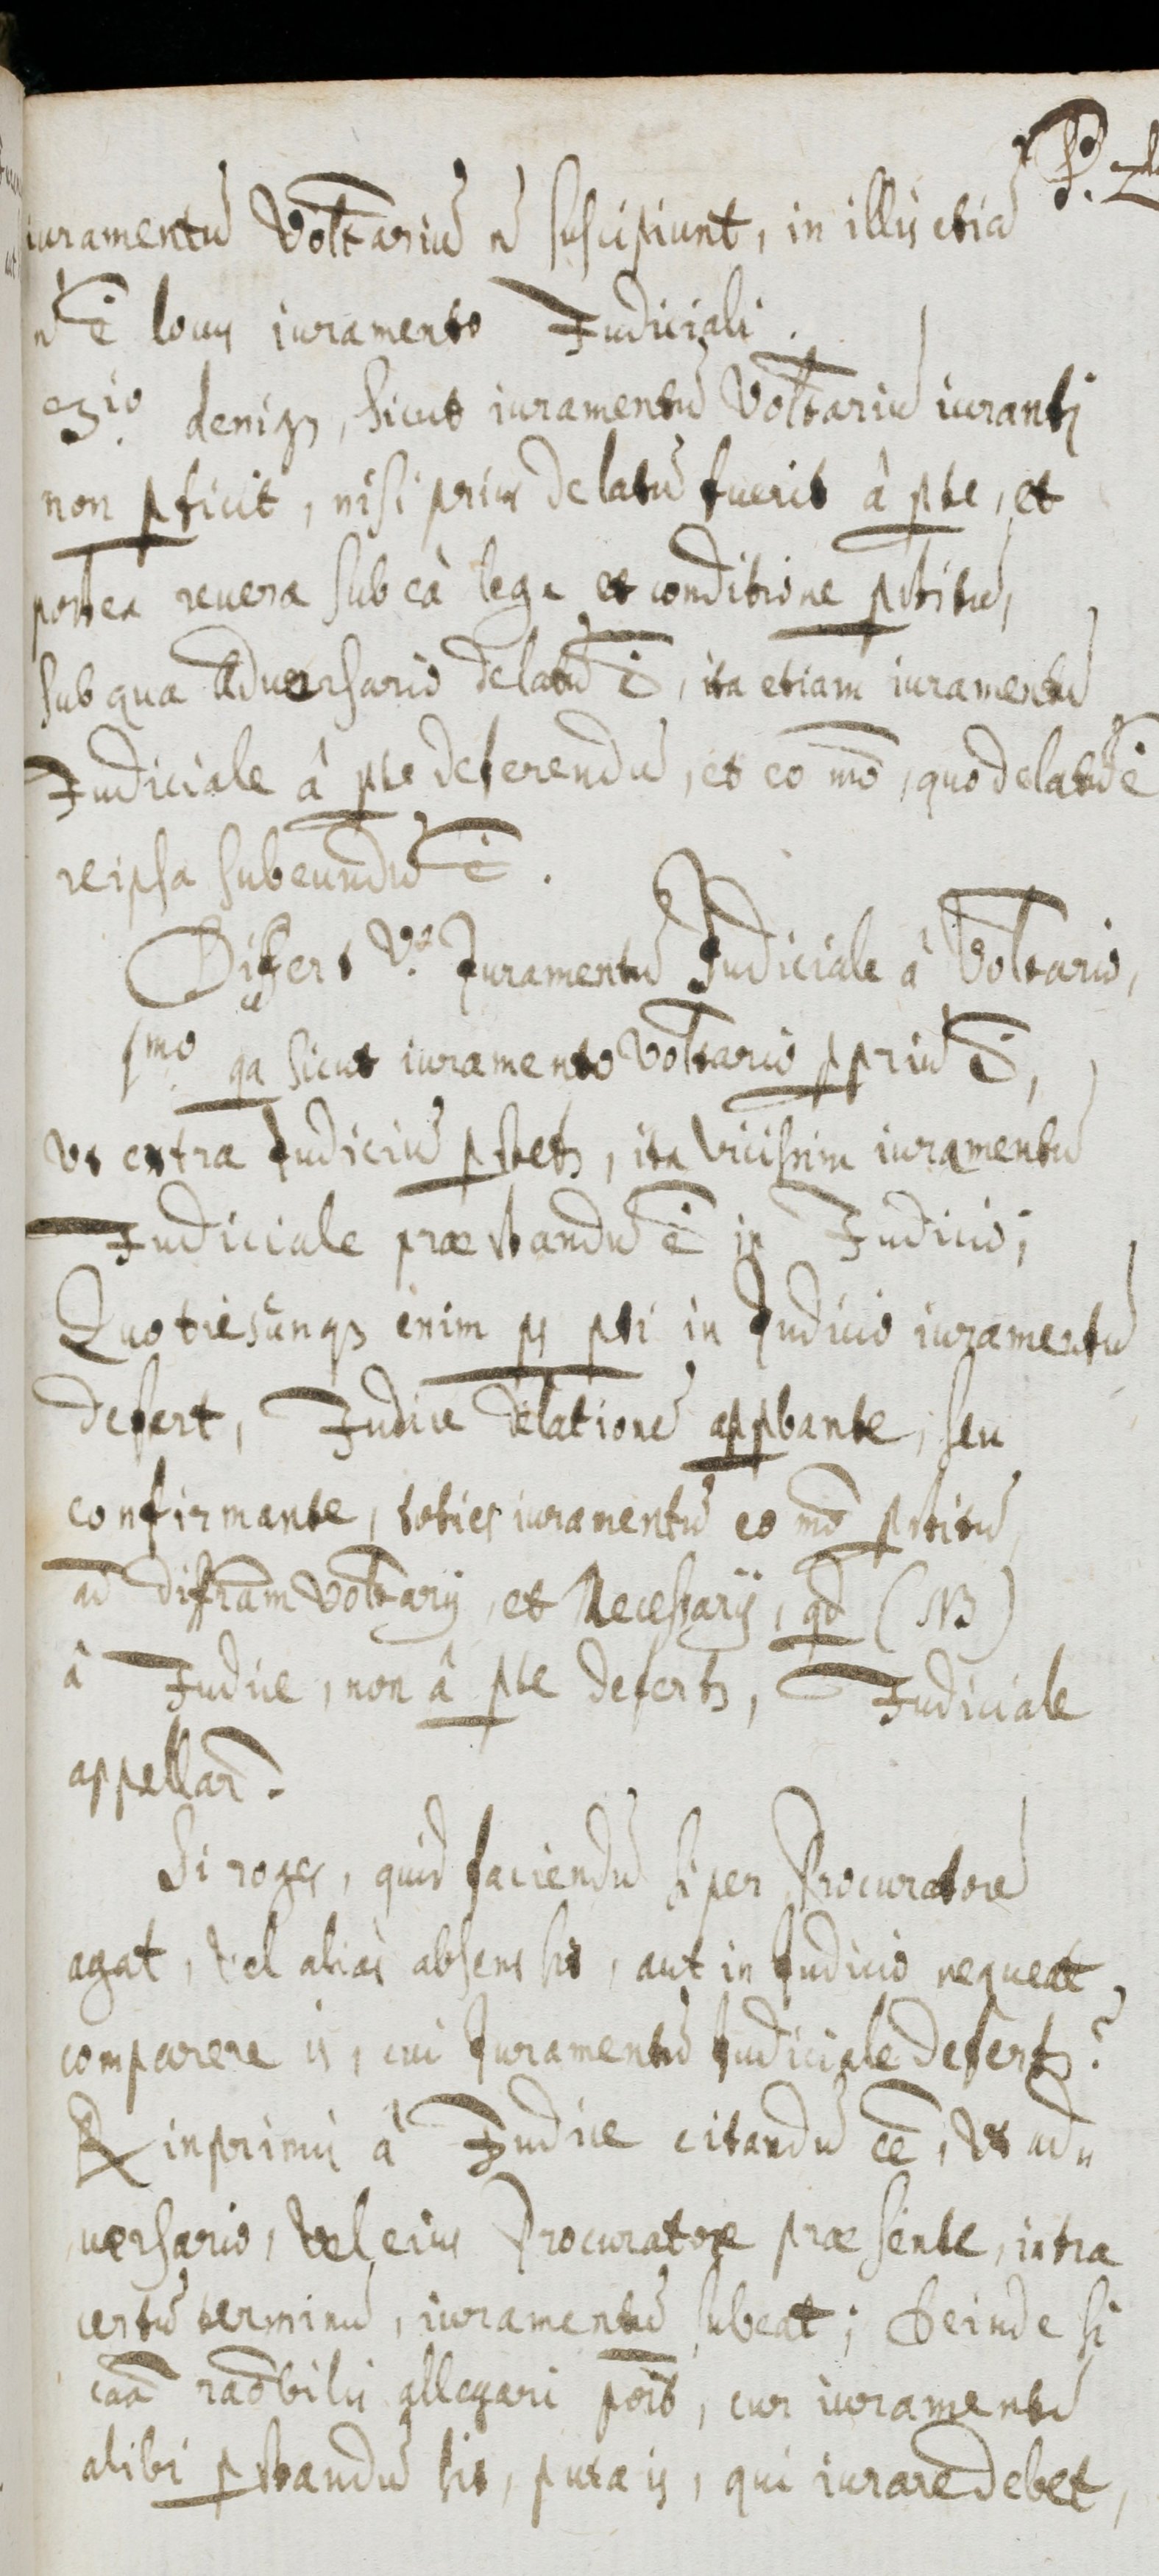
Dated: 1655–1655